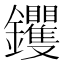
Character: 钁